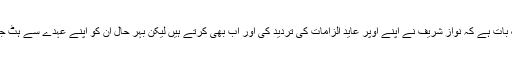
یہ الگ بات ہے کہ نواز شریف نے اپنے اوپر عاید الزامات کی تردید کی اور اب بھی کرتے ہیں لیکن بہر حال ان کو اپنے عہدے سے ہٹ جانا پڑا۔